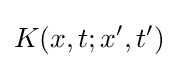
K(x,t;x',t')